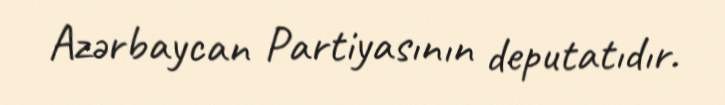
Azərbaycan Partiyasının deputatıdır.